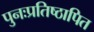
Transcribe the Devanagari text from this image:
पुनःप्रतिष्ठापित